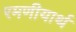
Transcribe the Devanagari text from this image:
रमणीयार्थ